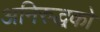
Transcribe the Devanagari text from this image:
अनिरुद्धको